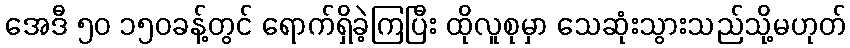
အေဒီ ၅၀ ၁၅၀ခန့်တွင် ရောက်ရှိခဲ့ကြပြီး ထိုလူစုမှာ သေဆုံးသွားသည်သို့မဟုတ်